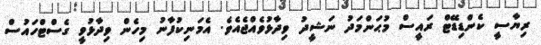
ރިޔާސީ ކެންޑިޑޭޓް ރައީސް މުޙަންމަދު ނަޝީދު ވިދާޅުވެއްޖެއެވެ. އެމަނިކުފާނު މިހެން ވިދާޅުވީ ގެސްޓްހައުސް